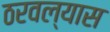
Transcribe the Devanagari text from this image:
ठरवल्यास